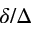
\delta / \Delta